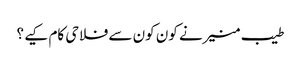
طیب منیرنے کون کون سے فلاحی کام کیے ؟